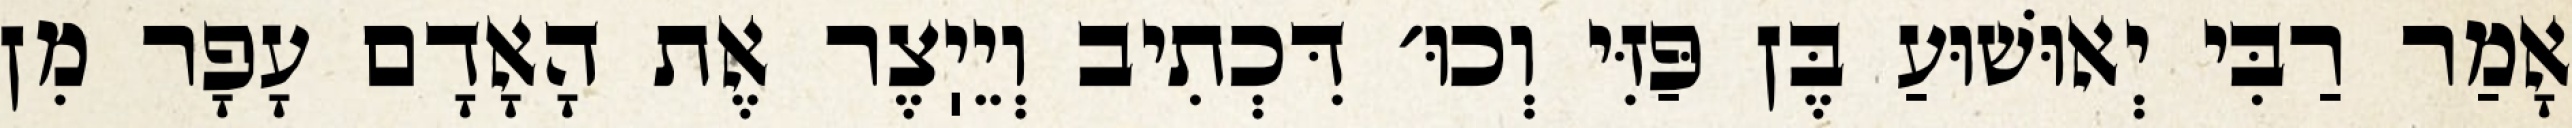
אָמַר רַבִּי יְאוּשׁוּעַ בֶּן פַּזִּי וְכוּ׳ דִּכְתִיב וְיֵיֽצֶר אֶת הָאָדָם עָפָר מִן